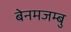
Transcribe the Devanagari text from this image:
बेनमजम्बु